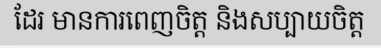
ដែរ មានការពេញចិត្ត និងសប្បាយចិត្ត